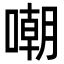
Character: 嘲